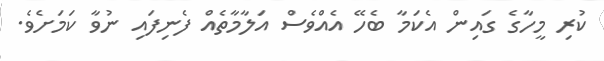
ކުރި މީހާގެ ގައިން އެކަމާ ބެހޭ އެއްވެސް އަލާމާތެއް ފެނިފައި ނުވާ ކަމަށެެވެ.